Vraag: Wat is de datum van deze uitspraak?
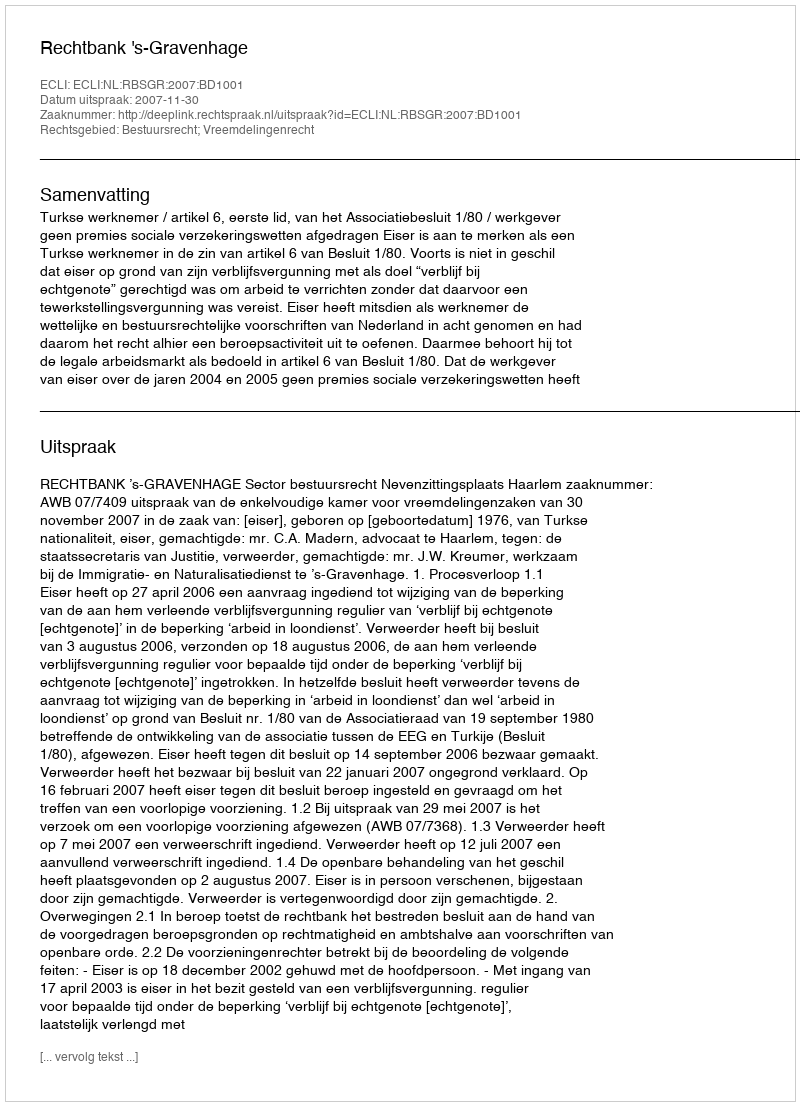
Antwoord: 2007-11-30